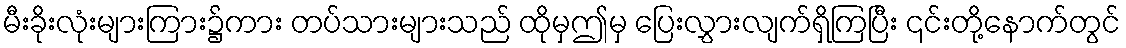
မီးခိုးလုံးများကြား၌ကား တပ်သားများသည် ထိုမှဤမှ ပြေးလွှားလျက်ရှိကြပြီး ၎င်းတို့နောက်တွင်